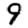
Digit: 9